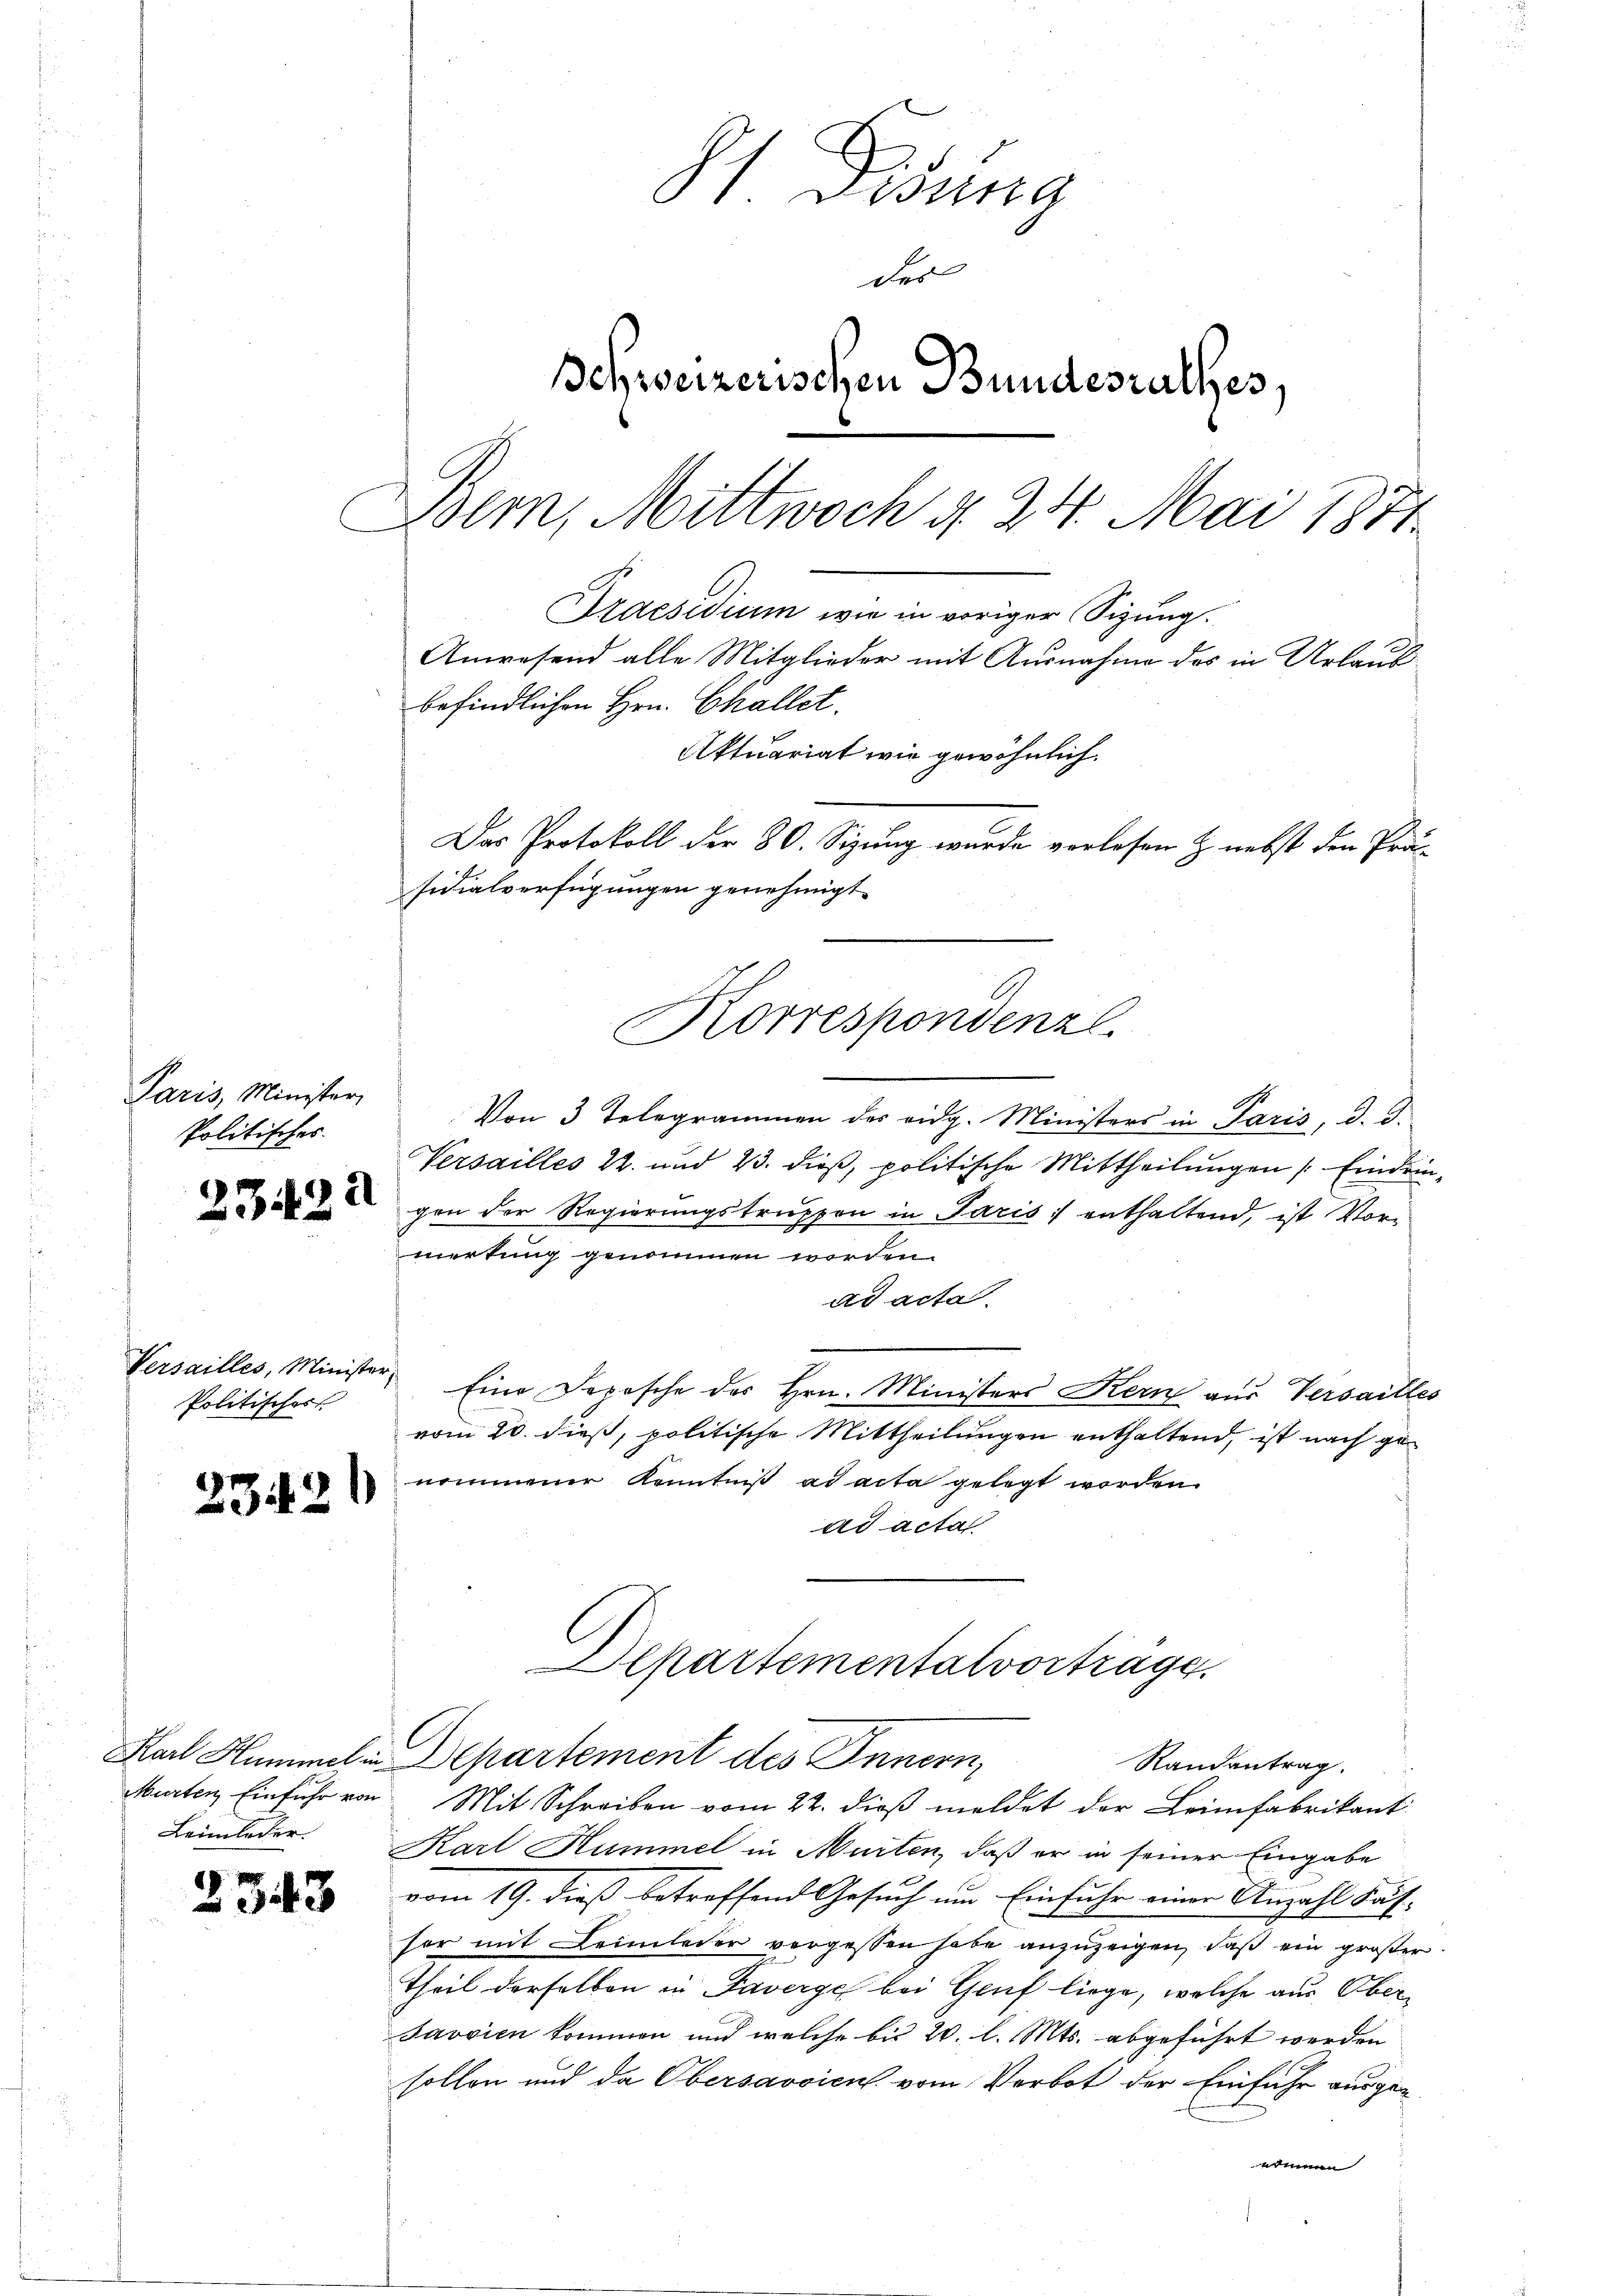
Paris, Minister,
Politisches.

Politisches

l
2342

Leimleder.

2343

Dolm, Mittwoch d. 24. Mai 1871

Korrespondenzl.
.

Von 3 Telegrammen des eidg. Ministers in Paris, d. d.
Versailles 22. und 23. dieß, politische Mittheilungen Eindrin
gen der Regierungstruppen in Paris :/ enthaltend, ist Vormerkung genommen worden.
ad acta.
Versailles, Minister Eine Depesche des Hrn. Ministers Kern aus Versailles
vom 20. dieß, politische Mittheilungen enthaltend, ist nach genommener Kenntniß ad acta gelegt worden.
ad acta
partementalvorträge.
Karl Hummel in Departement des Innern,
Randantrag.
Murten Einfuhr von Mit Schreiben vom 22. dieß meldet der Leimfabrikant
Karl Hummel in Murten, daß er in seiner Eingabe
vom 19. dieß betreffend Gesuch um Einfuhr einer Anzahl Fäshor mit Leimleder vergessen habe anzuzeigen, daß ein großer
Theil derselben in Taverge bei Genf liege, welche aus Ober¬
Javsien kommen und welche bis 20. l. Mts. abgeführt werden
sollen und da Obersavvicus vom Verbot der Einfuhr ausgenommen

81. Disung
des
Schweizerischen Bundesrathes,
Praesidium wie in voriger Sizung.
Anwesend alle Mitglieder mit Ausnahme des in Urlaubbefindlichen Hrn. Challet.
Aktuariat wie gewöhnlich.
Das Protokoll der 80. Sizung wurde verlesen & nebst den Prä-
sidialverfügungen genehmigt.